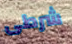
شرطى